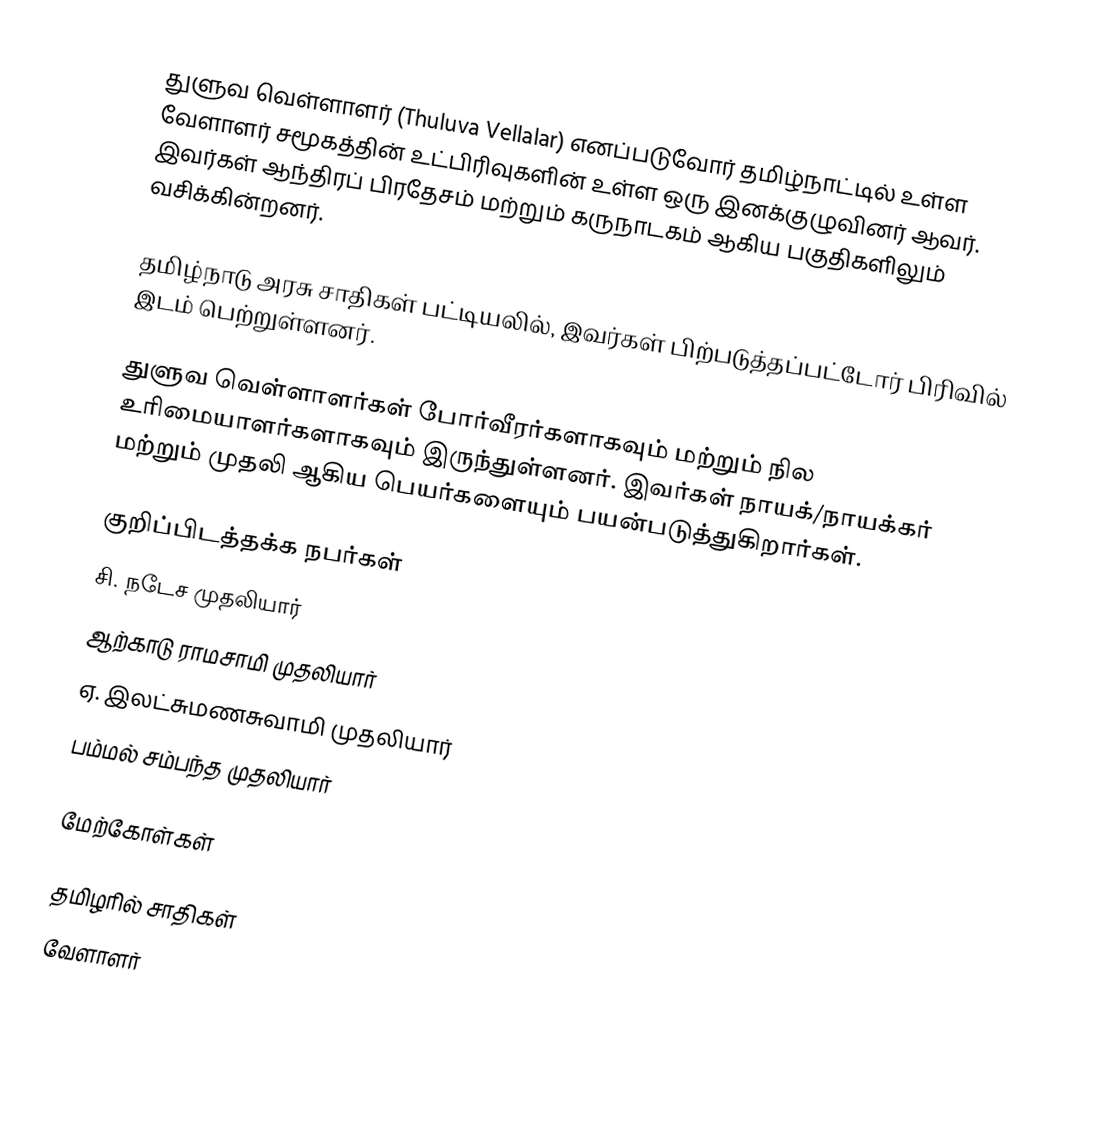
துளுவ வெள்ளாளர் (Thuluva Vellalar) எனப்படுவோர் தமிழ்நாட்டில் உள்ள வேளாளர் சமூகத்தின் உட்பிரிவுகளின் உள்ள ஒரு இனக்குழுவினர் ஆவர். இவர்கள் ஆந்திரப் பிரதேசம் மற்றும் கருநாடகம் ஆகிய பகுதிகளிலும் வசிக்கின்றனர்.

தமிழ்நாடு அரசு சாதிகள் பட்டியலில், இவர்கள் பிற்படுத்தப்பட்டோர் பிரிவில் இடம் பெற்றுள்ளனர்.

துளுவ வெள்ளாளர்கள் போர்வீரர்களாகவும் மற்றும் நில உரிமையாளர்களாகவும் இருந்துள்ளனர். இவர்கள் நாயக்/நாயக்கர் மற்றும் முதலி ஆகிய பெயர்களையும் பயன்படுத்துகிறார்கள்.

குறிப்பிடத்தக்க நபர்கள்
 சி. நடேச முதலியார்
 ஆற்காடு ராமசாமி முதலியார்
 ஏ. இலட்சுமணசுவாமி முதலியார்
 பம்மல் சம்பந்த முதலியார்

மேற்கோள்கள்

தமிழரில் சாதிகள்
வேளாளர்